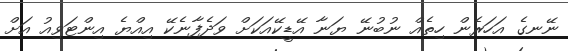
ނޭނގެ އަހަރެން ހިތެއް ނުބުނޭ ޔަނާ އޭޑީކޭއަކަށް ވަދެފާނެކޭ އިއްޔެ އިންޓަވިއު އަށް